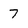
Character: 7